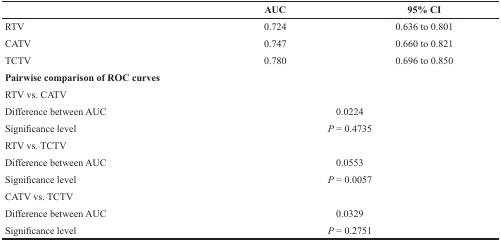
|  | AUC | 95% CI |
 | --- | --- | --- |
 | RTV | 0.724 | 0.636 to 0.801 |
 | CATV | 0.747 | 0.660 to 0.821 |
 | TCTV | 0.780 | 0.696 to 0.850 |
 | Pairwise comparison of ROC curves | <COLSPAN=2>  |
 | RTV vs. CATV | <COLSPAN=2>  |
 | Difference between AUC | <COLSPAN=2> 0.0224 |
 | Significance level | <COLSPAN=2> P = 0.4735 |
 | RTV vs. TCTV | <COLSPAN=2>  |
 | Difference between AUC | <COLSPAN=2> 0.0553 |
 | Significance level | <COLSPAN=2> P = 0.0057 |
 | CATV vs. TCTV | <COLSPAN=2>  |
 | Difference between AUC | <COLSPAN=2> 0.0329 |
 | Significance level | <COLSPAN=2> P = 0.2751 |